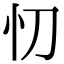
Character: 忉